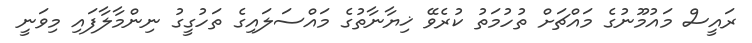
ރައީސް މައުމޫނުގެ މައްޗަށް ތުހުމަތު ކުރެވޭ ޚިޔާނާތުގެ މައްސަލައިގެ ތަހުގީގު ނިންމާލާފައި މިވަނީ